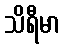
သိရီမာ